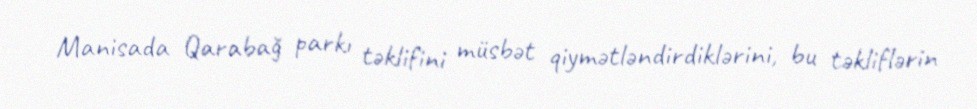
Manisada Qarabağ parkı təklifini müsbət qiymətləndirdiklərini, bu təkliflərin